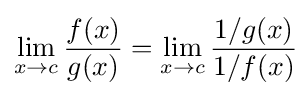
\lim _{x\to c}{\frac {f(x)}{g(x)}}=\lim _{x\to c}{\frac {1/g(x)}{1/f(x)}}\!